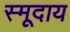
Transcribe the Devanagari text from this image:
स्मूदाय